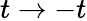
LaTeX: t\rightarrow-t